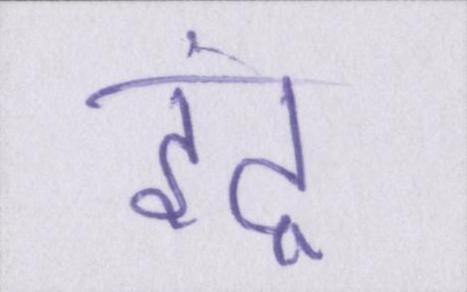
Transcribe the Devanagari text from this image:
इंद्र